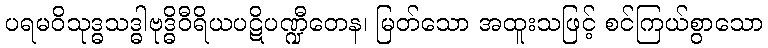
ပရမဝိသုဒ္ဓသဒ္ဓါဗုဒ္ဓိဝီရိယပဋိပဏ္ဍီတေန၊ မြတ်သော အထူးသဖြင့် စင်ကြယ်စွာသော